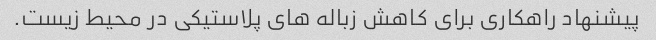
پیشنهاد راهکاری برای کاهش زباله های پلاستیکی در محیط زیست.